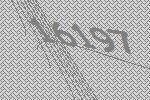
16197